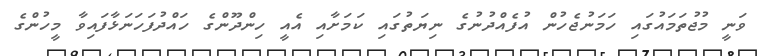
ވަނީ މުޖުތަމައުގައި ހަމަނުޖެހުން އުފެއްދުނުގެ ނިޔަތުގައި ކަމަށާއި އެއީ ހިންދޫންގެ ހައްދުފަހަނަޅާފައިވާ މީހުންގެ